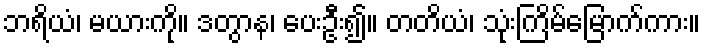
ဘရိယံ၊ မယားကို။ ဒတွာန၊ ပေးဦး၍။ တတိယံ၊ သုံးကြိမ်မြောက်ကား။